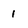
Character: 1